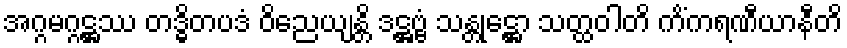
အဂ္ဂမဂ္ဂဋ္ဌဿ တဒ္ဓိတပဒံ ဝိညေယျန္တိ ဒဋ္ဌဗ္ဗံ သန္တုဋ္ဌော သတ္ထဝါတိ ကိံကရဏီယာနီတိ